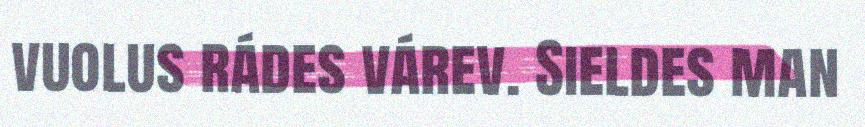
vuolus rádes várev. Sieldes man